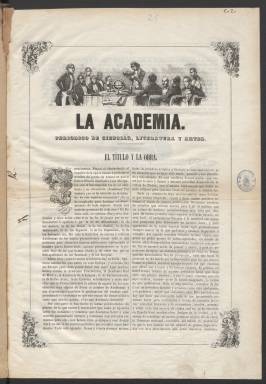
Título: La Academia (Madrid. 1849)
Colección: Cultura
Ámbito geográfico: Madrid
Lugar de publicación: Madrid
Fechas: 08/04/1849-13/05/1849

Publicación efímera editada en Madrid que llevaba por título el de ‘Periódico de ciencias, literatura y artes’, aunque del análisis de sus páginas se comprueba que el contenido era sobre todo literario. En su primer número, los editores precisan que habrá ‘artículos literarios y de costumbres, novelas, poesías, y sobre todo una sección de crítica cual no se ha conocido en España hace muchos años… Nunca La Academia le recomendará una comedia o libro que no merezca verse o leerse.’

   La Biblioteca Nacional de España solo posee seis números consecutivos de este periódico que se publicaba los domingos y cuya primera aparición fue el 8 de abril de 1849. De haber algún número más no parece que se prolongara mucho más, a juzgar por la poca documentación que ha quedado sobre el mismo.

  Todo parece indicar que era una publicación especializada de ocho páginas dependiente del periódico generalista La Reforma, dado que se editaba en la misma imprenta y se suscribía en su Redacción en Madrid o en la de sus delegados en provincias.

   Al hojear las páginas de La Academia queda patente el interés que sus redactores tenían en la poesía. El segundo número se abre con un estudio sobre la poesía moderna y su comparación con la antigua, artículo que se continúa en números sucesivos.

  Los grabados contribuían a darle atractivo a la publicación en cuya cabecera figuraba uno en la que se ve a una persona en actitud de leer rodeado de un grupo de hombres de letras, lo que recuerda las reuniones de la época romántica en las que los poetas recitaban sus obras. La sección de Miscelánea y el jeroglífico de la última página también daban variedad al periódico.

   Entre los colaboradores de la publicación figuran conocidos poetas como Jacinto de Salas Quiroga, cuyo prólogo a su libro Poesías, de 1834, está considerado el manifiesto de la poesía romántica española. También firma algunos artículos Juan Martínez Villergas, poeta, crítico literario y político que llegó a ser diputado por Zamora.

  El alma del periódico parece ser José Calixto Bernal, que firma un buen número de colaboraciones. Este poeta y abogado cubano pasó la mitad de su vida en Madrid. Calixto Bernal era el líder de los cubanos emigrados en España y es más conocido por sus obras de derecho y política sobre Cuba y por su defensa de la autonomía de gobierno para la isla.

[Descripción publicada el 4/05/2023]